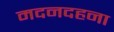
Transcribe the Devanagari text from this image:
मदनदहना